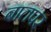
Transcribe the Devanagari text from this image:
बातपर